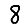
Digit: 8